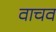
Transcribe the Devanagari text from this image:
वाचव